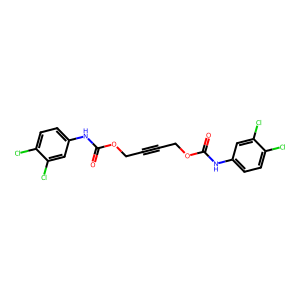
SMILES: O=C(Nc1ccc(Cl)c(Cl)c1)OCC#CCOC(=O)Nc1ccc(Cl)c(Cl)c1
Inhibits HIV replication: No